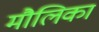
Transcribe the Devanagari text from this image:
मौलिका